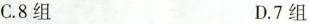
C.8组 D.7组